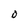
Character: O